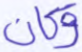
وكان